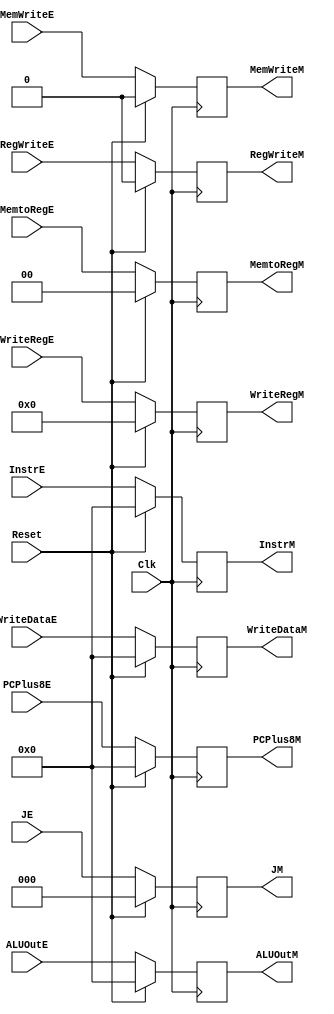
module EXMEM(
input [31:0]InstrE,
output [31:0]InstrM,
	input [2:0]JE,
	output [2:0]JM,
	input [31:0]ALUOutE,
	input [31:0]WriteDataE,
	input [4:0]WriteRegE,
	
	input [31:0]PCPlus8E,
	
	input Clk,
	input Reset,
	
	input RegWriteE,
	input [1:0]MemtoRegE,
	input MemWriteE,
	
	output [31:0]PCPlus8M,
	
	output [31:0]ALUOutM,
	output [31:0]WriteDataM,
	output [4:0]WriteRegM,

	output RegWriteM,
	output [1:0]MemtoRegM,
	output MemWriteM
    );
	 initial begin
			aluout<=32'b0;
			writedata<=32'b0;
			writereg<=5'b0;

			pcplus8<=32'b0;
instr<=32'b0;			
			regwrite<=0;
			memwrite<=0;
			memtoreg<=0;
	 end
	 reg [2:0]j;
	 reg [31:0]pcplus8,instr;
	 reg [31:0]aluout,writedata;
	 reg [4:0]writereg;
	 reg regwrite,memwrite;
	 reg [1:0]memtoreg;
	 assign ALUOutM=aluout,
			  WriteDataM=writedata,
			  WriteRegM=writereg,
InstrM=instr,			  
			  PCPlus8M=pcplus8,
			  JM=j,
			  RegWriteM=regwrite,
			  MemWriteM=memwrite,
	 		  MemtoRegM=memtoreg;
			  
	 always @(posedge Clk)begin
		if(Reset)begin
			aluout<=32'b0;
			writedata<=32'b0;
			writereg<=5'b0;
instr<=32'b0;
			pcplus8<=32'b0;
			j<=0;
			regwrite<=0;
			memwrite<=0;
			memtoreg<=0;
	
		end
		else begin
			aluout<=ALUOutE;
			writedata<=WriteDataE;
			writereg<=WriteRegE;
instr<=InstrE;			
			pcplus8<=PCPlus8E;
			j<=JE;			
			regwrite<=RegWriteE;
			memwrite<=MemWriteE;
			memtoreg<=MemtoRegE;
		end
	 end

endmodule